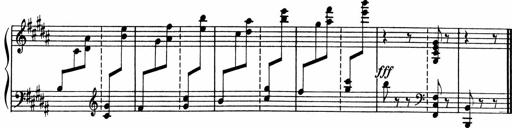
Title: Sonatine pour piano
Composer: Albert Roussel